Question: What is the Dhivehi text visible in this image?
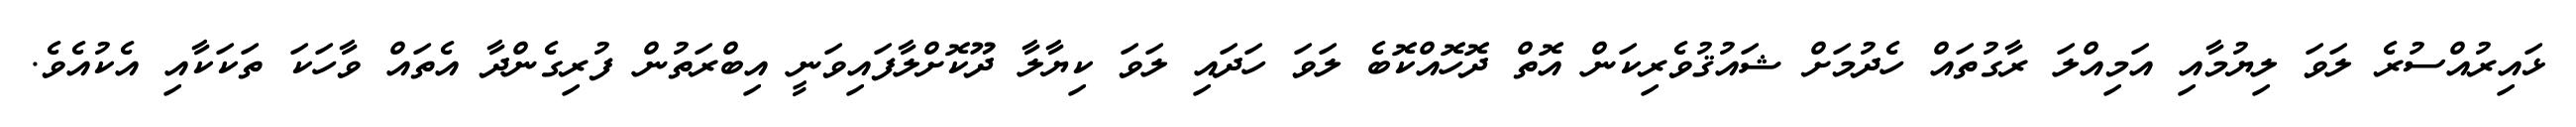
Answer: ޅައިރުއްސުރެ ލަވަ ލިޔުމާއި އަމިއްލަ ރާގުތައް ހެދުމަށް ޝައުޤުވެރިކަން އޮތް ދޮހޮއްކޮބެ ލަވަ ހަދައި ލަވަ ކިޔާލާ ދޫކޮށްލާފައިވަނީ އިބްރަތުން ފުރިގެންދާ އެތައް ވާހަކަ ތަކަކާއި އެކުއެވެ.